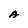
Character: A